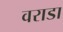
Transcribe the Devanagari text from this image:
वराडा